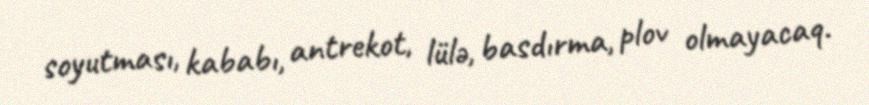
soyutması, kababı, antrekot, lülə, basdırma, plov olmayacaq.